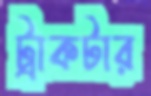
ট্রাকটার